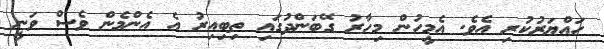
ހައްޔަރުކުރި އެވެ. އެމީހުން މިހާރު ގޭބަންދުގައި ތިބިއިރު އެ އެންމެން ވެސް ވަނީ